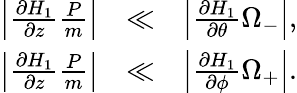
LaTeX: \begin{array}{rlr}{\left|\frac{\partial H_{1}}{\partial z}\frac{P}{m}\right|}&{\ll}&{\left|\frac{\partial H_{1}}{\partial\theta}\Omega_{-}\right|,}\\ {\left|\frac{\partial H_{1}}{\partial z}\frac{P}{m}\right|}&{\ll}&{\left|\frac{\partial H_{1}}{\partial\phi}\Omega_{+}\right|.}\end{array}